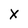
Character: X